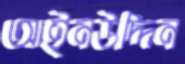
আইনউদ্দিন